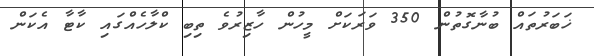
ޚަބަރުތައް ބުނާގޮތުން 350 ވަރަކަށް މީހުން ހާޒިރުވެ ތިބި ކްލާހެއްގައި ކާޓާ އެކަން